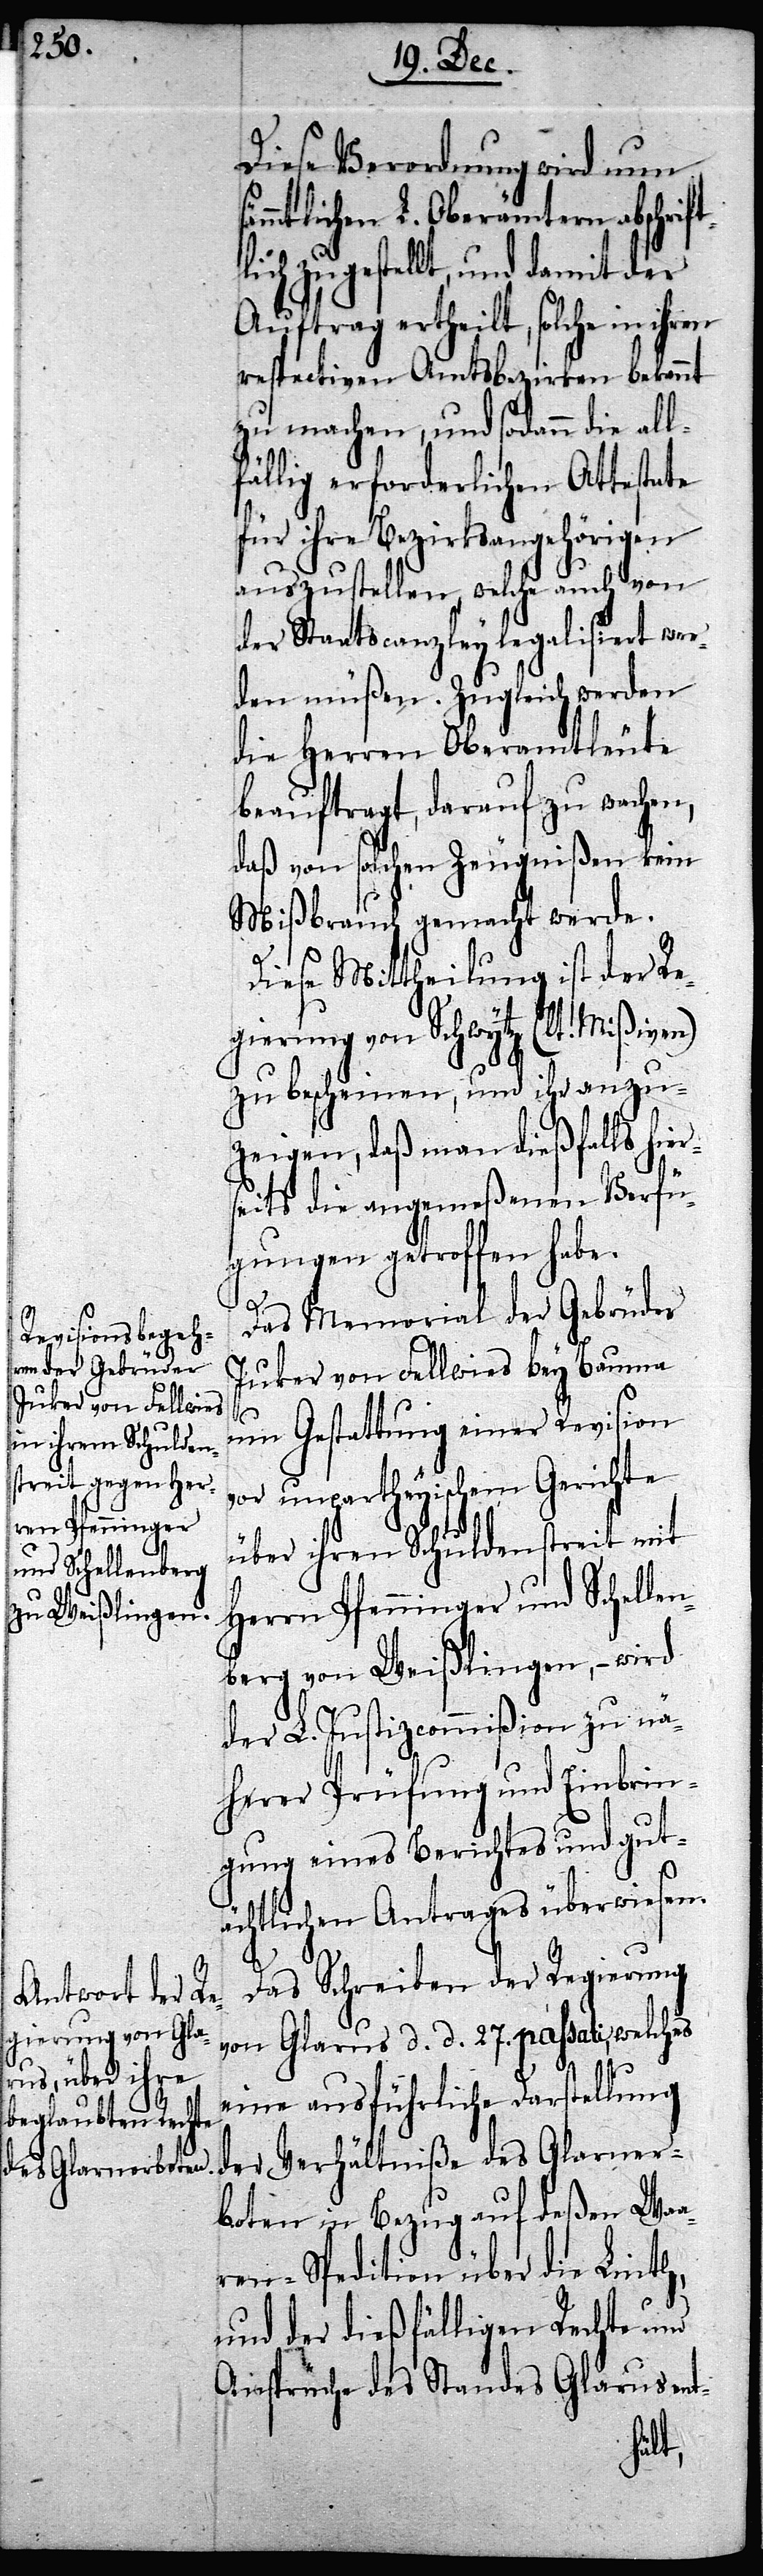
Diese Verordnung wird nun
ämmtlichen L. Oberämtern abschri¬
ich zugestellt, und damit der
Auftrag ertheilt, solche in ihren
respectiven Amtsbezirken bekannt
zu machen, und sodann die all¬
fällig erforderlichen Attestate
für ihre Bezirksangehörigen
auszustellen, welche auch von
der Staatscanzley legalisiert wer¬
den müßen. Zugleich werden
die Herren Oberamtleute
beauftragt, darauf zu wachen,
daß von solchen Zeugnißen kein
Mißbrauch gemacht werde.
Diese Mittheilung ist der Re¬
gierung von Schwytz (lt. Mißiven)
zu bescheinen, und ihr anzu¬
zeigen, daß man dießfalls hier¬
seits die angemeßenen Verfü¬
gungen getroffen habe.
Das Memorial der Gebrüder
Juker von Fellwies bey Bauma
um Gestattung einer Revision
unpartheyischem Gerichte
über ihren Schuldenstreit mit
Herrn Pfenninger und Schellen¬
berg von Weißlingen, – wird
der L. Justizcommißion zu nä¬
herer Prüfung und Einbrin¬
gung eines Berichtes und gut¬
ächtlichen Antrages überwiesen.
Das Schreiben der Regierung
von Glarus d. d. 27. passati, welches
eine ausführliche Darstellung
der Verhältniße des Glarner¬
boten in Bezug auf deßen Waa¬
ren-Spedition über die Linth,
und der dießfälligen Rechte und
Ansprüche des Standes Glarus ent-
ftl¬